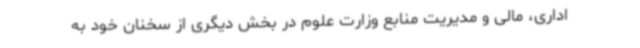
اداری، مالی و مدیریت منابع وزارت علوم در بخش دیگری از سخنان خود به